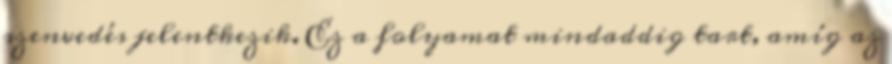
szenvedés jelentkezik. Ez a folyamat mindaddig tart, amíg az